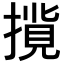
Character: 𢳢